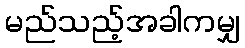
မည်သည့်အခါကမျှ